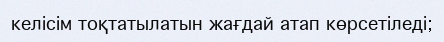
келісім тоқтатылатын жағдай атап көрсетіледі;